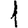
Digit: 1